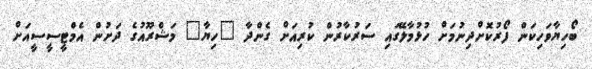
ބޯހިޔާވަހިކަން ފޯރުކޮށްދިނުމަށް ހުޅުމާލޭގައި ސަރުކާރުން ކުރިއަށް ގެންދާ "ހިޔާ" މަޝްރޫއުގެ ދަށުން އެމްޓީސީސީއަށް